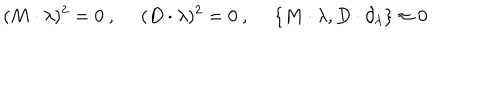
LaTeX: ( M \cdot \lambda ) ^ { 2 } = 0 \ , \hspace { 3 e x } ( D \cdot \lambda ) ^ { 2 } = 0 \ , \hspace { 3 e x } \{ M \cdot \lambda , D \cdot \partial _ { \lambda } \} \approx 0